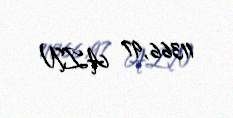
11366,97 AZN